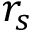
r _ { s }